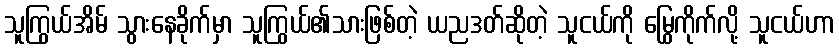
သူကြွယ်အိမ် သွားနေခိုက်မှာ သူကြွယ်၏သားဖြစ်တဲ့ ယညဒတ်ဆိုတဲ့ သူငယ်ကို မြွေကိုက်လို့ သူငယ်ဟာ